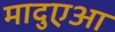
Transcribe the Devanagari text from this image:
मादुएआ